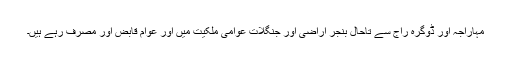
مہاراجہ اور ڈوگرہ راج سے تاحال بنجر اراضی اور جنگلات عوامی ملکیت میں اور عوام قابض اور مصرف رہے ہیں۔